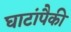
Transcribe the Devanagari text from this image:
घाटांपैकी